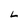
Character: L